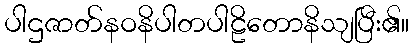
ပါဌဇာတ်နဝနိပါတပါဠိတောနိသျပြီး၏။